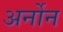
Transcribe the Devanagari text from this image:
अर्नोन